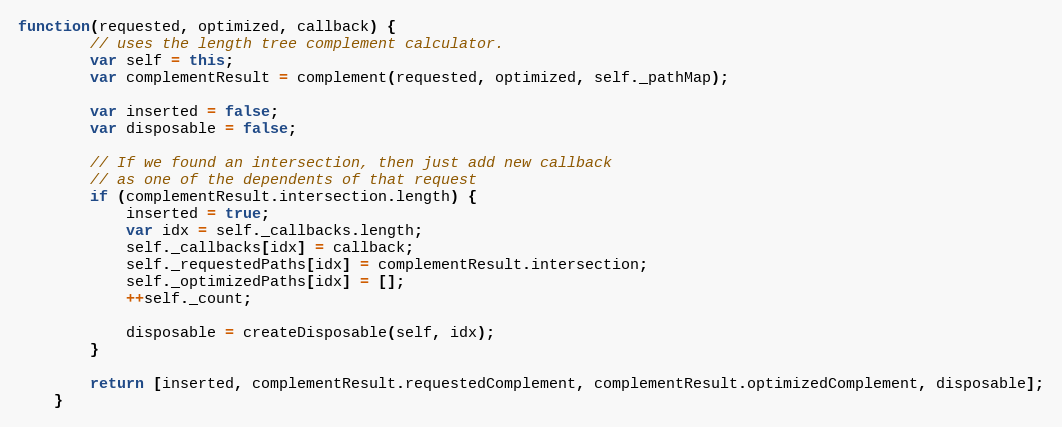
Language: JavaScript
function(requested, optimized, callback) {
        // uses the length tree complement calculator.
        var self = this;
        var complementResult = complement(requested, optimized, self._pathMap);

        var inserted = false;
        var disposable = false;

        // If we found an intersection, then just add new callback
        // as one of the dependents of that request
        if (complementResult.intersection.length) {
            inserted = true;
            var idx = self._callbacks.length;
            self._callbacks[idx] = callback;
            self._requestedPaths[idx] = complementResult.intersection;
            self._optimizedPaths[idx] = [];
            ++self._count;

            disposable = createDisposable(self, idx);
        }

        return [inserted, complementResult.requestedComplement, complementResult.optimizedComplement, disposable];
    }